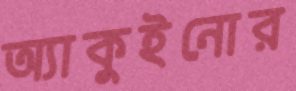
অ্যাকুইনোর